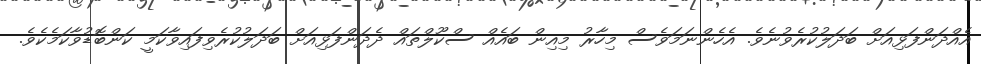
އެއްދަންފަޅިއަށް ބަދަލުކުރެވުނެވެ. އެހެންނަމަވެސް މިހާރު މިއިން ބައެއް ސްކޫލްތައް ދެދަންފަޅިއަށް ބަދަލުކުރެވިފައިވާކަމީ ކަންބޮޑުވާކަމެކެވެ.